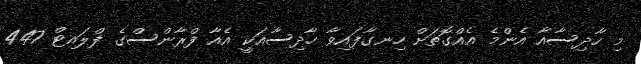
މި ހާދިސާއާ އެންމެ އެއްގޮތަށް ހިނގާފައިވާ ހާދިސާއަކީ އެއާ ފްރާންސްގެ ފްލައިޓް 447